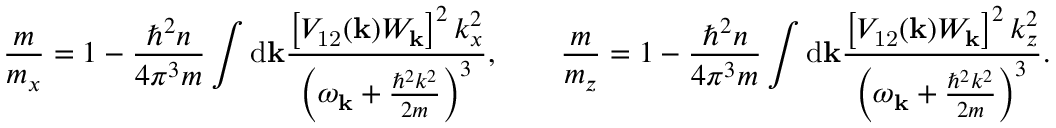
\frac { m } { m _ { x } } = 1 - \frac { \hbar ^ { 2 } n } { 4 \pi ^ { 3 } m } \int \mathrm { d } \mathbf { k } \frac { \left[ V _ { \mathrm { 1 2 } } ( \mathbf { k } ) W _ { \mathbf { k } } \right] ^ { 2 } k _ { x } ^ { 2 } } { \left( \omega _ { \mathbf { k } } + \frac { \hbar ^ { 2 } k ^ { 2 } } { 2 m } \right) ^ { 3 } } , \qquad \frac { m } { m _ { z } } = 1 - \frac { \hbar ^ { 2 } n } { 4 \pi ^ { 3 } m } \int \mathrm { d } \mathbf { k } \frac { \left[ V _ { \mathrm { 1 2 } } ( \mathbf { k } ) W _ { \mathbf { k } } \right] ^ { 2 } k _ { z } ^ { 2 } } { \left( \omega _ { \mathbf { k } } + \frac { \hbar ^ { 2 } k ^ { 2 } } { 2 m } \right) ^ { 3 } } .